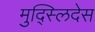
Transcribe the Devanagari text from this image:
मुद्स्लिदेस